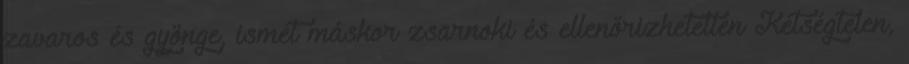
zavaros és gyönge, ismét máskor zsarnoki és ellenőrizhetetlen Kétségtelen,